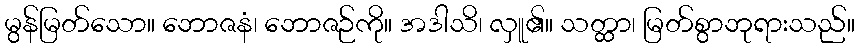
မွန်မြတ်သော။ ဘောဇနံ၊ ဘောဇဉ်ကို။ အဒါသိ၊ လှူ၏။ သတ္ထာ၊ မြတ်စွာဘုရားသည်။